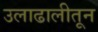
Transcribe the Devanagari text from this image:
उलाढालीतून